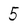
Character: 5